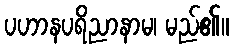
ပဟာနပရိညာနာမ၊ မည်၏။